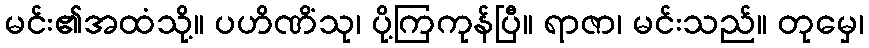
မင်း၏အထံသို့။ ပဟိဏိံသု၊ ပို့ကြကုန်ပြီ။ ရာဇာ၊ မင်းသည်။ တုမှေ၊